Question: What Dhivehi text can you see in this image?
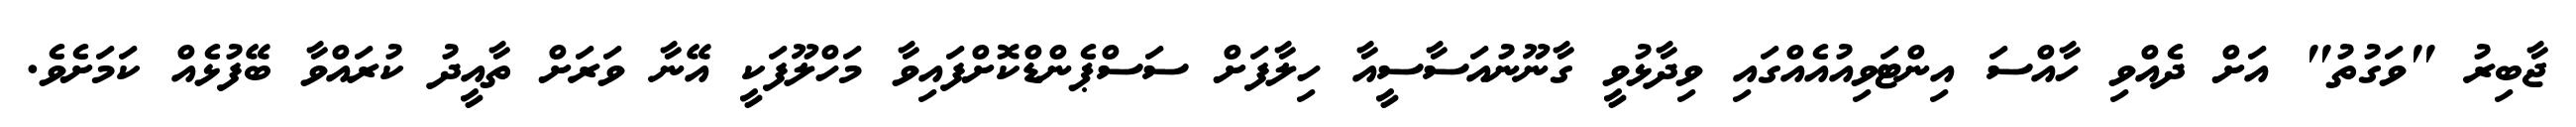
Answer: ޖާބިރު "ވަގުތު" އަށް ދެއްވި ހާއްސަ އިންޓަވިއުއެއްގައި ވިދާޅުވީ ގާނޫނުއަސާސީއާ ހިލާފަށް ސަސްޕެންޑްކޮށްފައިވާ މަހްލޫފަކީ އޭނާ ވަރަށް ތާއީދު ކުރައްވާ ބޭފުޅެއް ކަމަށެވެ.